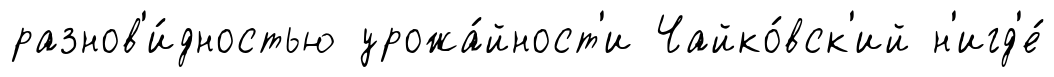
разнов'и́дностью урожа́йност'и Чайко́вск'ий н'игд'е́